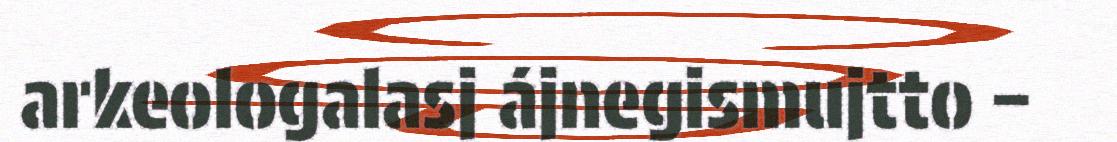
arkeologalasj ájnegismujtto –